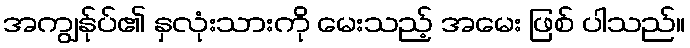
အကျွန်ုပ်၏ နှလုံးသားကို မေးသည့် အမေး ဖြစ် ပါသည်။